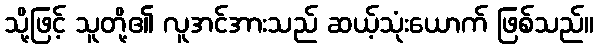
သို့ဖြင့် သူတို့၏ လူအင်အားသည် ဆယ့်သုံးယောက် ဖြစ်သည်။